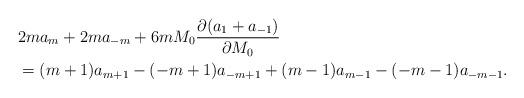
LaTeX: \begin{align*}&2ma_m+2ma_{-m}+6mM_0\frac{\partial(a_1+a_{-1})}{\partial M_0}\\&=(m+1)a_{m+1}-(-m+1)a_{-m+1}+(m-1)a_{m-1}-(-m-1)a_{-m-1}.\end{align*}